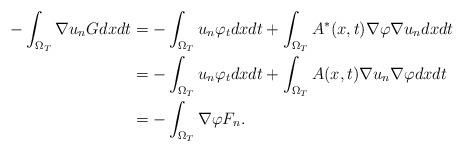
LaTeX: \begin{align*} -\int_{\Omega_T}\nabla u_n G dxdt&=-\int_{\Omega_T}u_n\varphi_tdxdt+\int_{\Omega_T}A^{*}(x,t)\nabla\varphi\nabla u_ndxdt\\& =-\int_{\Omega_T}u_n\varphi_tdxdt+\int_{\Omega_T}A(x,t)\nabla u_n\nabla\varphi dxdt\\&=- \int_{\Omega_T}\nabla\varphi F_n. \end{align*}